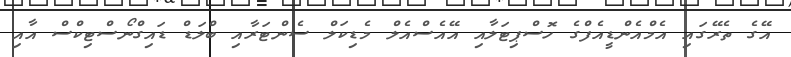
އޭގެ ތެރޭގައި އެމްއެންޑީއެފްގެ ހޮސްޕިޓަލާއި އޭއެސްއެލް މެޑިކަލް ސެންޓަރާއި ބްލަޑް ޑައިގްނޯސްޓިކްސް އާއި